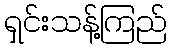
ရှင်းသန့်ကြည်